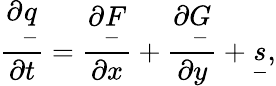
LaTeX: \frac{\partial\underset{-}{q}}{\partial t}=\frac{\partial\underset{-}{F}}{\partial x}+\frac{\partial\underset{-}{G}}{\partial y}+\underset{-}{s},